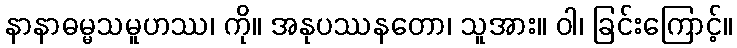
နာနာဓမ္မသမူဟဿ၊ ကို။ အနုပဿနတော၊ သူအား။ ဝါ၊ ခြင်းကြောင့်။